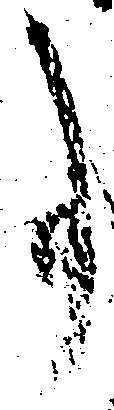
事